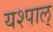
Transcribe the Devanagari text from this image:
यश्पाल्